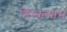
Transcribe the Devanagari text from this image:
गिरवल्यास